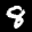
Label: 8